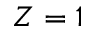
Z = 1